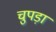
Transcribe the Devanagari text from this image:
चुपड़ा